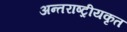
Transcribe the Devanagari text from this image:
अन्तराष्ट्रीयकृत